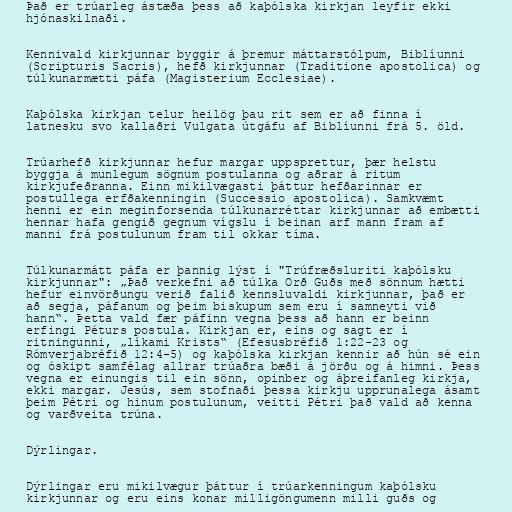
Það er trúarleg ástæða þess að kaþólska kirkjan leyfir ekki
hjónaskilnaði.

Kennivald kirkjunnar byggir á þremur máttarstólpum, Biblíunni
(Scripturis Sacris), hefð kirkjunnar (Traditione apostolica) og
túlkunarmætti páfa (Magisterium Ecclesiae).

Kaþólska kirkjan telur heilög þau rit sem er að finna í
latnesku svo kallaðri Vulgata útgáfu af Biblíunni frá 5. öld.

Trúarhefð kirkjunnar hefur margar uppsprettur, þær helstu
byggja á munlegum sögnum postulanna og aðrar á ritum
kirkjufeðranna. Einn mikilvægasti þáttur hefðarinnar er
postullega erfðakenningin (Successio apostolica). Samkvæmt
henni er ein meginforsenda túlkunarréttar kirkjunnar að embætti
hennar hafa gengið gegnum vígslu í beinan arf mann fram af
manni frá postulunum fram til okkar tíma.

Túlkunarmátt páfa er þannig lýst í "Trúfræðsluriti kaþólsku
kirkjunnar": „Það verkefni að túlka Orð Guðs með sönnum hætti
hefur einvörðungu verið falið kennsluvaldi kirkjunnar, það er
að segja, páfanum og þeim biskupum sem eru í samneyti við
hann“. Þetta vald fær páfinn vegna þess að hann er beinn
erfingi Péturs postula. Kirkjan er, eins og sagt er í
ritningunni, „líkami Krists“ (Efesusbréfið 1:22-23 og
Rómverjabréfið 12:4-5) og kaþólska kirkjan kennir að hún sé ein
og óskipt samfélag allrar trúaðra bæði á jörðu og á himni. Þess
vegna er einungis til ein sönn, opinber og áþreifanleg kirkja,
ekki margar. Jesús, sem stofnaði þessa kirkju upprunalega ásamt
þeim Pétri og hinum postulunum, veitti Pétri það vald að kenna
og varðveita trúna.

Dýrlingar.

Dýrlingar eru mikilvægur þáttur í trúarkenningum kaþólsku
kirkjunnar og eru eins konar milligöngumenn milli guðs og